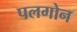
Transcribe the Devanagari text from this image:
पलगोन